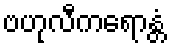
ဗဟုလီကရောန္တံ